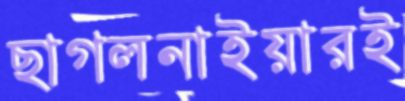
ছাগলনাইয়ারই